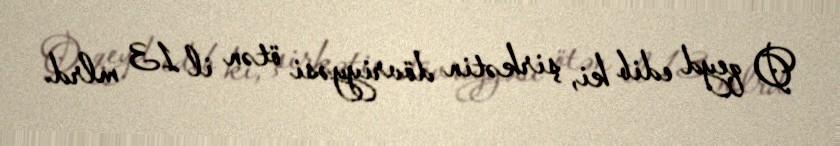
O qeyd edib ki, şirkətin dövriyyəsi ötən il 13 mlrd.